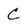
Character: c